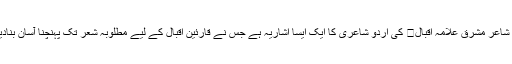
یہ شاعر مشرق علامہ اقبال کی اردو شاعری کا ایک ایسا اشاریہ ہے جس نے قارئین اقبال کے لیے مطلوبہ شعر تک پہنچنا آسان بنادیا ۔